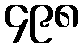
၄၉၈